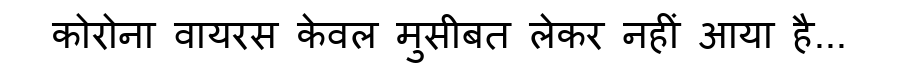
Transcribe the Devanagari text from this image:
कोरोना वायरस केवल मुसीबत लेकर नहीं आया है...